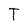
Character: T